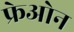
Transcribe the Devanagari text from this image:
फ्रेओन